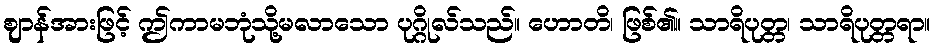
ဈာန်အားဖြင့် ဤကာမဘုံသို့မလာသော ပုဂ္ဂိုလ်သည်။ ဟောတိ၊ ဖြစ်၏။ သာရိပုတ္တ၊ သာရိပုတ္တရာ။